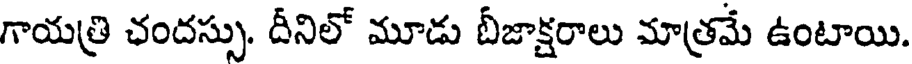
గాయత్రి ఛందస్సు. దీనిలో మూడు బీజాక్షరాలు మాత్రమే ఉంటాయి.